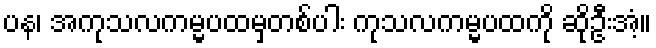
ပန၊ အကုသလကမ္မပထမှတစ်ပါး ကုသလကမ္မပထကို ဆိုဦးအံ့။